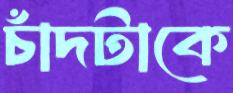
চাঁদটাকে